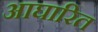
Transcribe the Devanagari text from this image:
आघारित